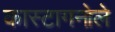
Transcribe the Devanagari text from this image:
कास्टागनोले